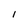
Character: 1